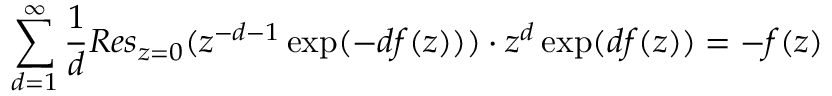
\sum _ { d = 1 } ^ { \infty } \frac { 1 } { d } R e s _ { z = 0 } ( z ^ { - d - 1 } \exp ( - d f ( z ) ) ) \cdot z ^ { d } \exp ( d f ( z ) ) = - f ( z )